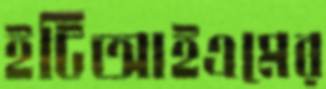
ইটিআইএমের